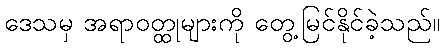
ဒေသမှ အရာဝတ္ထုများကို တွေ့မြင်နိုင်ခဲ့သည်။